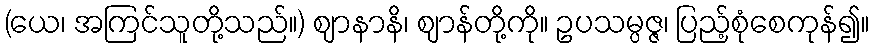
(ယေ၊ အကြင်သူတို့သည်။) ဈာနာနိ၊ ဈာန်တို့ကို။ ဥပသမ္ပဇ္ဇ၊ ပြည့်စုံစေကုန်၍။